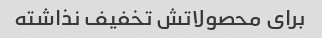
برای محصولاتش تخفیف نذاشته